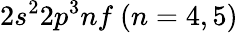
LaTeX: {2s^{2}2p^{3}nf~(n=4,5)}